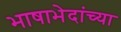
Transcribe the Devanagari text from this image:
भाषाभेदांच्या